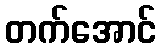
တက်အောင်